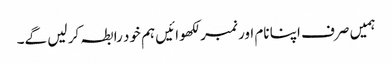
ہمیں صرف اپنا نام اور نمبر لکھوائیں ہم خود رابطہ کر لیں گے۔